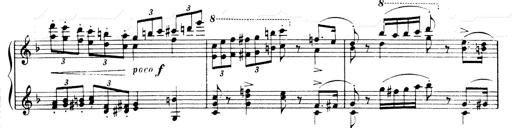
Title: Andante Finale und Marsch aus der Oper KÃ¶nig Alfred
Composer: Franz Liszt